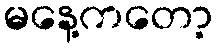
မနေ့ကတော့